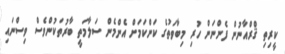
ކީރިތި ޤްރްއާނުން ފެންނަން ހުރި މިބާވަތުގެ ކަންކަމަށް އެންމެން ސަލާމަތީ ބާރުތަކުންވެސް ވިސްނައި